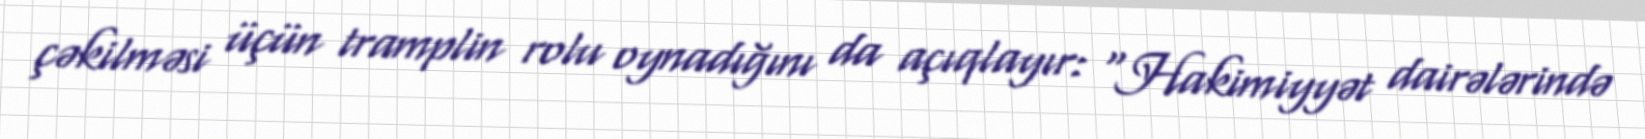
çəkilməsi üçün tramplin rolu oynadığını da açıqlayır: “Hakimiyyət dairələrində